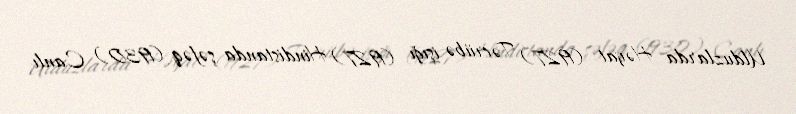
Ulduzlarda Həyat (1927) Təcrübə işığı (1927) Hindistanda şəfəq (1930) Canlı